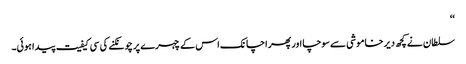
‘‘
سلطان نے کچھ دیر خاموشی سے سوچا اور پھر اچانک اس کے چہرے پر چونکنے کی سی کیفیت پیدا ہوئی۔